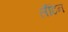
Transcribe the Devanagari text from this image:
लॅॅॅटिन